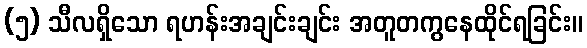
(၅) သီလရှိသော ရဟန်းအချင်းချင်း အတူတကွနေထိုင်ရခြင်း။